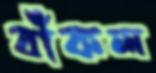
বাঁকল